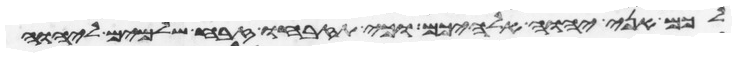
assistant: לכם אני יהוה אלהיכם וכי תזבחו זבח שלמים ליהוה